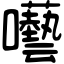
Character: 囈